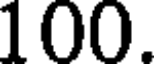
100.